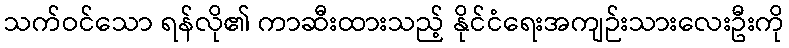
သက်ဝင်သော ရန်လို၏ ကာဆီးထားသည့် နိုင်ငံရေးအကျဉ်းသားလေးဦးကို